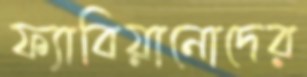
ফ্যাবিয়ানোদের